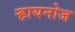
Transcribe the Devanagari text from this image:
ऱ्हायनोज